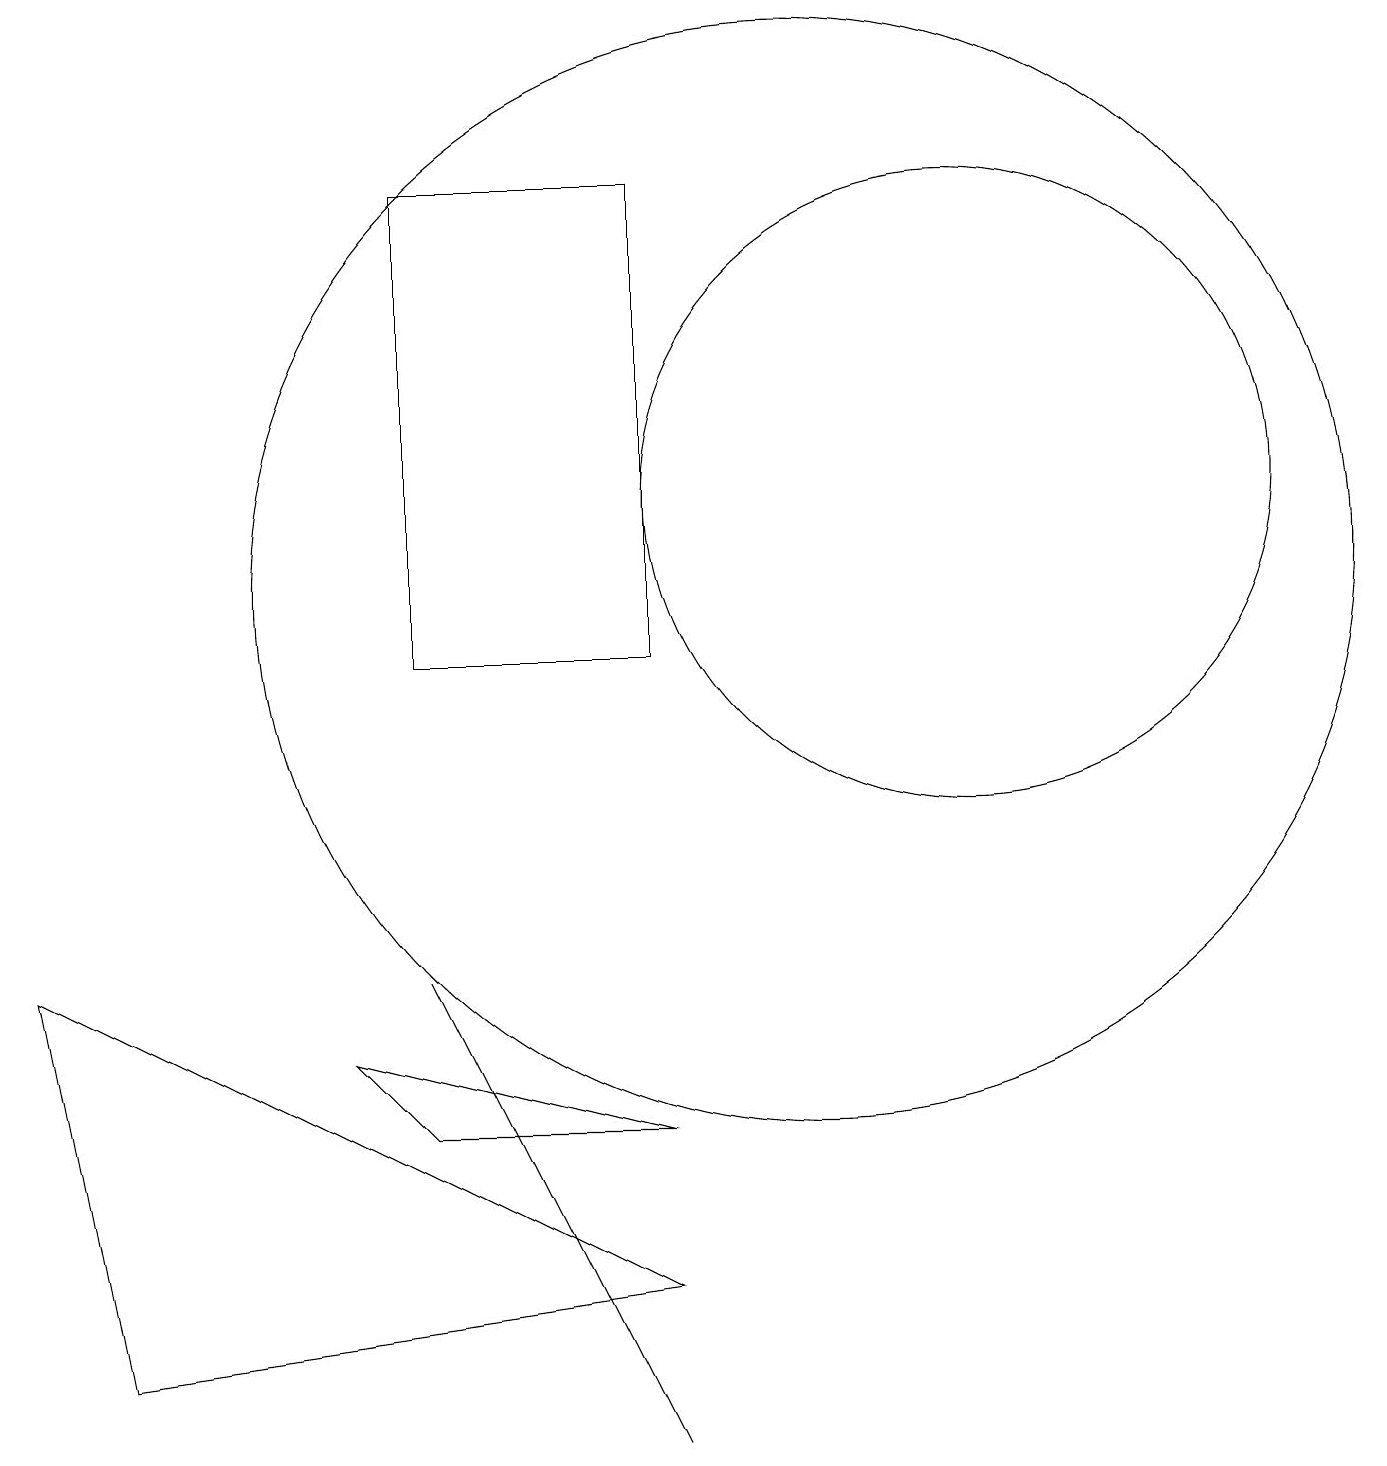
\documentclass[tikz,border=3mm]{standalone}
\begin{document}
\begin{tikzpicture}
\draw (5,6) -- (5,6) -- (8,0) -- cycle;
\draw (10,11) circle (7);
\draw (12,12) circle (4);
\draw (8,4) -- (5,4) -- (4,5) -- cycle;
\draw (5,10) rectangle (8,16);
\draw (1,1) -- (0,6) -- (8,2) -- cycle;
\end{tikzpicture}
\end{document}